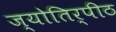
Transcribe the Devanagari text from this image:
ज्योतिर्पीठ